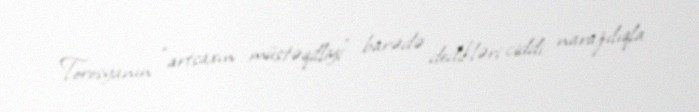
Torosyanın “artsaxın müstəqilliyi” barədə dedikləri ciddi narazılıqla